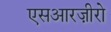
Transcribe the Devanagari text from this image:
एसआरज़ीरो